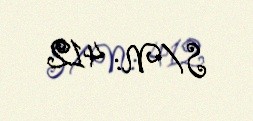
S/N: 412